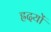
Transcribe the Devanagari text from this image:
ह्रदयों